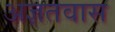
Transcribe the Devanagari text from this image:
अज्ञतवास